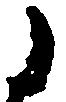
之